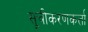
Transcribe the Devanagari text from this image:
सूचीकरणकर्त्ता